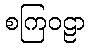
စကြဝဠာ